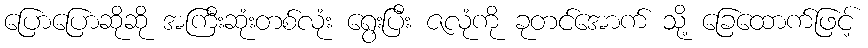
ပြောပြောဆိုဆို အကြီးဆုံးတစ်လုံး ရွေးပြီး ဇလုံကို ခုတင်အောက် သို့ ခြေထောက်ဖြင့်